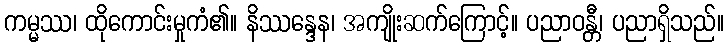
ကမ္မဿ၊ ထိုကောင်းမှုကံ၏။ နိဿန္ဒေန၊ အကျိုးဆက်ကြောင့်။ ပညာဝန္တီ၊ ပညာရှိသည်။